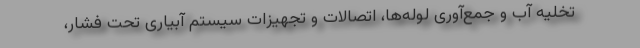
تخلیه آب و جمع‌آوری لوله‌ها، اتصالات و تجهیزات سیستم آبیاری تحت فشار،